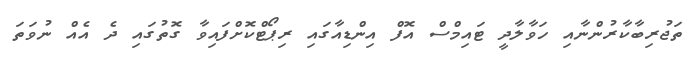
ތަޖުރިބާކާރުންނާއި ހަވާލާދީ ޓައިމްސް އޮފް އިންޑިއާގައި ރިޕޯޓްކޮށްފައިވާ ގޮތުގައި ދެ އެއް ނުވަތަ